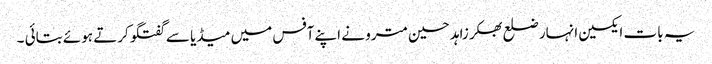
یہ بات ایکسین انہار ضلع بھکر زاہد حسین مترو نے اپنے آفس میں میڈیا سے گفتگو کرتے ہوئے بتائی ۔